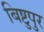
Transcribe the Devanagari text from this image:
बिष्टुपुर